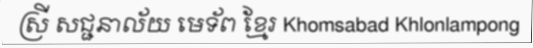
ស្រី សជ្ជនាល័យ មេទ័ព ខ្មែរ Khomsabad Khlonlampong